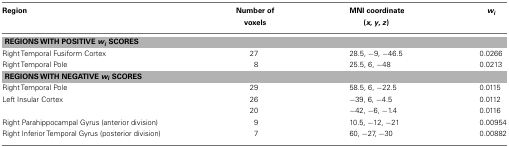
| Region | Number of voxels | MNI coordinate (x, y, z) | wi |
 | --- | --- | --- | --- |
 | <COLSPAN=4> REGIONS WITH POSITIVE wi SCORES |
 | Right Temporal Fusiform Cortex | 27 | 28.5, −9, −46.5 | 0.0266 |
 | Right Temporal Pole | 8 | 25.5, 6, −48 | 0.0213 |
 | <COLSPAN=4> REGIONS WITH NEGATIVE wi SCORES |
 | Right Temporal Pole | 29 | 58.5, 6, −22.5 | 0.0115 |
 | Left Insular Cortex | 26 | −39, 6, −4.5 | 0.0112 |
 |  | 20 | −42, −6, −1.4 | 0.0116 |
 | Right Parahippocampal Gyrus (anterior division) | 9 | 10.5, −12, −21 | 0.00954 |
 | Right Inferior Temporal Gyrus (posterior division) | 7 | 60, −27, −30 | 0.00882 |